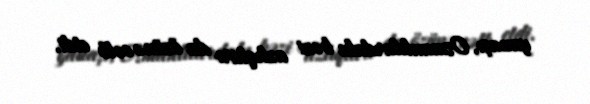
yanaşı, Osmanlılardakı bəzi azlıqları da özünə cəlb etdi.